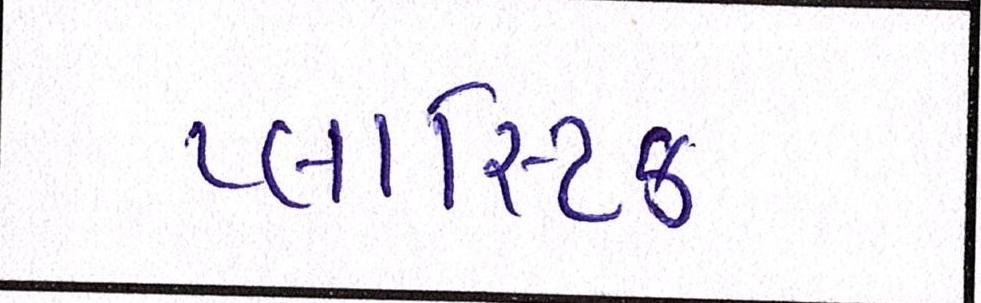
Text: પ્લાસ્ટિક